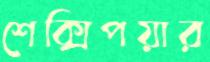
শেক্সিপয়ার